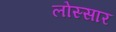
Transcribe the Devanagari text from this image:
लोस्सार